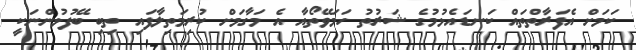
ކަމަށް އެފަރާތްތައް ކަނޑައެޅުމުގެ ޝަރުތު ހަމަވޭތޯއާ އެ މަގާމަށް ކުރިމަތިލާފައި ތިބި ބޭފުޅުންނަކީ